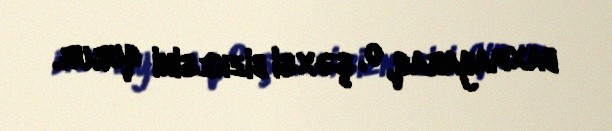
baxmayaraq, o, şəxsi biznesini qurur.